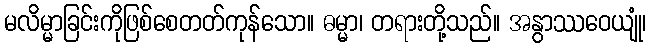
မလိမ္မာခြင်းကိုဖြစ်စေတတ်ကုန်သော။ ဓမ္မာ၊ တရားတို့သည်။ အနွာဿဝေယျုံ၊